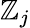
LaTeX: \mathbb{Z}_{j}